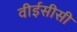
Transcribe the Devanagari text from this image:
वीईसीसी